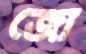
জো